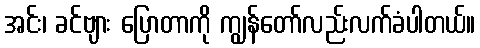
အင်း၊ ခင်ဗျား ပြောတာကို ကျွန်တော်လည်းလက်ခံပါတယ်။